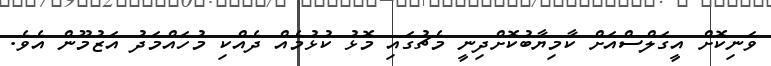
ވަނިކޮށް އީގަލްސްއަށް ކާމިޔާބުކޮށްދިނީ މެޗުގައި މޮޅު ކުޅުމެއް ދެއްކި މުހައްމަދު އަޒުމޫން އެވެ.